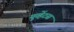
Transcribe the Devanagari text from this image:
युव्हेंटस